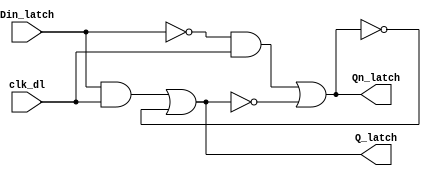
//D_latch
module D_latch(Q_latch,Qn_latch, Din_latch, clk_dl);
	input Din_latch, clk_dl;
	output Q_latch, Qn_latch;
	wire d1,d2,d3,d4;
	
	and(d1, Din_latch, clk_dl),
		(d3, d2, clk_dl);
	not(d2, Din_latch);
	or(Q_latch, d1, ~Qn_latch),
		(Qn_latch, d3, ~Q_latch);
endmodule